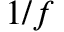
1 / f